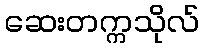
ဆေးတက္ကသိုလ်